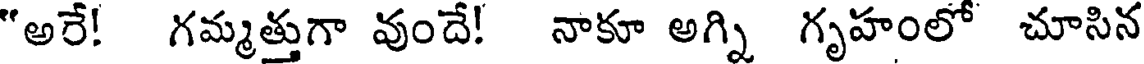
"అరే! గమ్మత్తుగా వుందే! నాకూ అగ్ని గృహంలో చూసిన